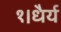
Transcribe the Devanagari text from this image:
१।धैर्य